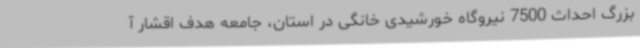
بزرگ احداث 7500 نیروگاه خورشیدی خانگی در استان، جامعه هدف اقشار آ